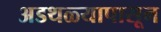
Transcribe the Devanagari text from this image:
अडथळ्यापासून